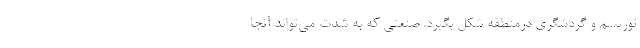
توریسم و گردشگری در‌منطقه شکل بگیرد. صنعتی که به شدت می‌تواند آنجا